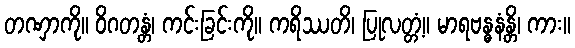
တဏှာကို။ ဝိဂတန္တံ၊ ကင်းခြင်းကို။ ကရိဿတိ၊ ပြုလတ္တံ့။ မာရဗန္ဓနံန္တိ၊ ကား။